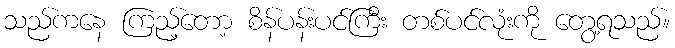
သည်ကနေ ကြည့်တော့ စိန်ပန်းပင်ကြီး တစ်ပင်လုံးကို တွေ့ရသည်။